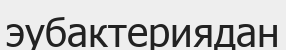
эубактериядан